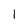
Character: l